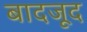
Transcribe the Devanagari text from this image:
बादजूद